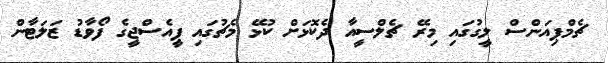
ޗެމްޕިއަންސް ލީގުގައި މިރޭ ޗެލްސީއާ ދެކޮޅަށް ކުޅޭ މެޗުގައި ޕީއެސްޖީގެ ފޯވާޑު ޒަލަޓާން